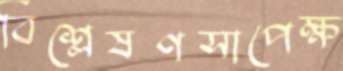
বিশ্লেষণসাপেক্ষ